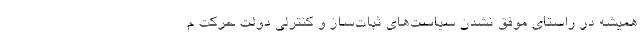
همیشه در راستای موفق نشدن سیاست‌های ثبات‌ساز و کنترلی دولت حرکت م